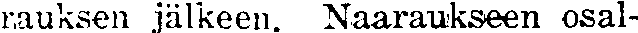
rauksen jälkeen. Naaraukseen osal-